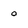
Character: 0